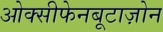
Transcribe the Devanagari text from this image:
ओक्सीफेनबूटाज़ोन